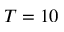
T = 1 0